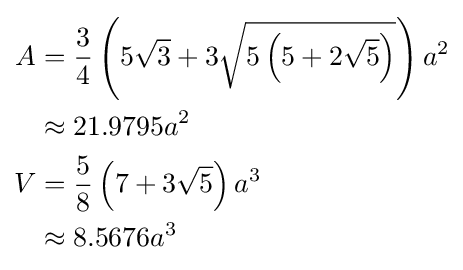
{\begin{aligned}A&={\frac {3}{4}}\left(5{\sqrt {3}}+3{\sqrt {5\left(5+2{\sqrt {5}}\right)}}\right)a^{2}\\&\approx 21.9795a^{2}\\V&={\frac {5}{8}}\left(7+3{\sqrt {5}}\right)a^{3}\\&\approx 8.5676a^{3}\end{aligned}}